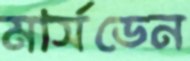
মার্সডেন